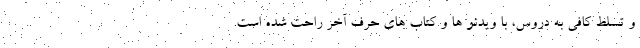
و تسلط کافی به دروس، با ویدئو ها و کتاب های حرف آخر راحت شده است.